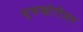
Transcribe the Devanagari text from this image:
घुसखोरीवर